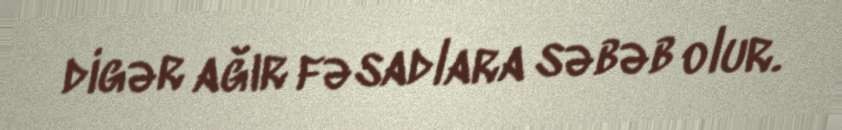
digər ağır fəsadlara səbəb olur.